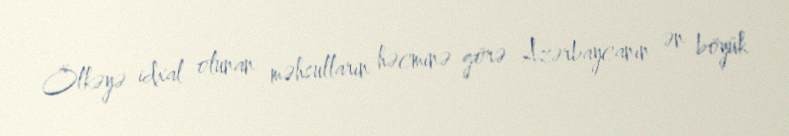
Ölkəyə idxal olunan məhsulların həcminə görə Azərbaycanın ən böyük